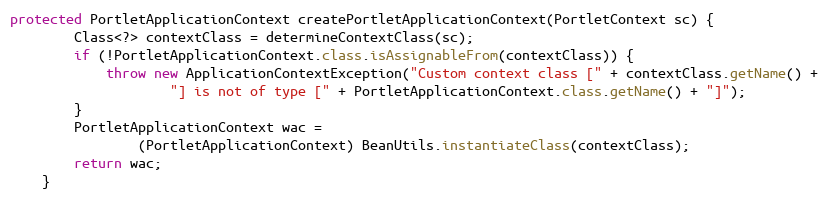
Language: Java
protected PortletApplicationContext createPortletApplicationContext(PortletContext sc) {
        Class<?> contextClass = determineContextClass(sc);
        if (!PortletApplicationContext.class.isAssignableFrom(contextClass)) {
            throw new ApplicationContextException("Custom context class [" + contextClass.getName() +
                    "] is not of type [" + PortletApplicationContext.class.getName() + "]");
        }
        PortletApplicationContext wac =
                (PortletApplicationContext) BeanUtils.instantiateClass(contextClass);
        return wac;
    }